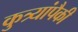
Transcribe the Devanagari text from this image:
कुत्र्यांपैकी